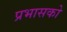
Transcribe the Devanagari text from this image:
प्रभासको